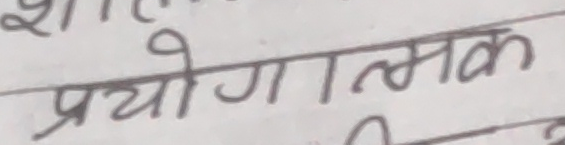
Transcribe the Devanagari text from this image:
प्रयोगात्मक